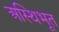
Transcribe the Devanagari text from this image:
अस्थिभूत